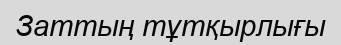
Заттың тұтқырлығы